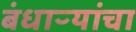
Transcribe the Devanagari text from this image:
बंधाऱ्यांचा